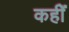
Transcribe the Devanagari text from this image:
कहींे